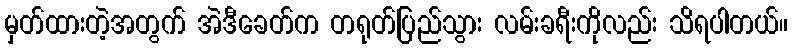
မှတ်ထားတဲ့အတွက် အဲဒီခေတ်က တရုတ်ပြည်သွား လမ်းခရီးကိုလည်း သိရပါတယ်။